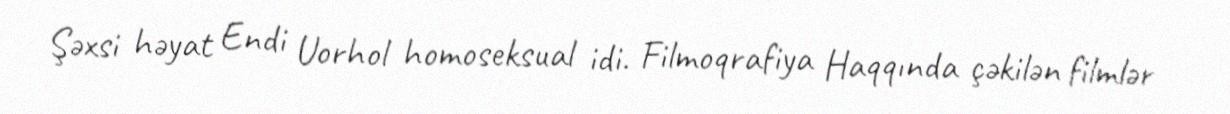
Şəxsi həyat Endi Uorhol homoseksual idi. Filmoqrafiya Haqqında çəkilən filmlər